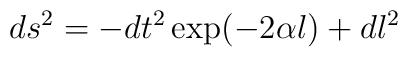
ds^{2}=-dt^{2}\exp (-2\alpha l)+dl^{2}